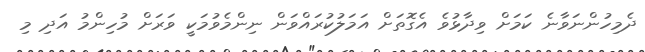
ދެމިހުންނަވާނެ ކަމަށް ވިދާޅުވެ އެގޮތަށް އަމަލުކުރައްވަން ނިންމެވުމަކީ ވަރަށް މުހިންމު އަދި މި